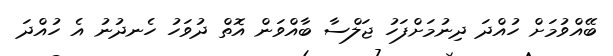
ބޭއްވުމަށް ހުއްދަ ދިނުމަށްފަހު ޖަލްސާ ބާއްވަން އޮތް ދުވަހު ހެނދުނު އެ ހުއްދަ